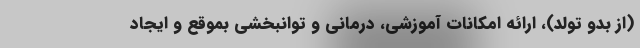
(از بدو تولد)، ارائه امکانات آموزشی، درمانی و توانبخشی بموقع و ایجاد